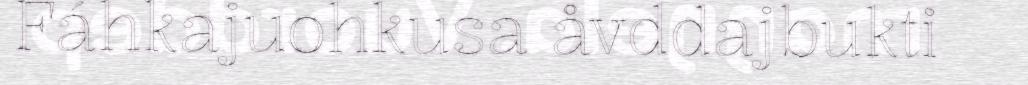
Fáhkajuohkusa åvddajbukti